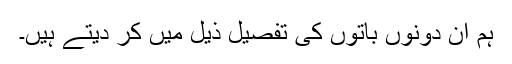
ہم ان دونوں باتوں کی تفصیل ذیل میں کر دیتے ہیں۔